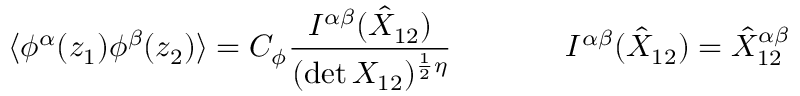
\begin{array} { c c } { { \displaystyle { \langle \phi ^ { \alpha } ( z _ { 1 } ) \phi ^ { \beta } ( z _ { 2 } ) \rangle = C _ { \phi } \frac { I ^ { \alpha \beta } ( \hat { { \cal X } } _ { 1 2 } ) } { ( \operatorname * { d e t } { \cal X } _ { 1 2 } ) ^ { \frac { 1 } { 2 } \eta } } } ~ ~ ~ ~ } } & { { ~ ~ ~ ~ I ^ { \alpha \beta } ( \hat { { \cal X } } _ { 1 2 } ) = \hat { { \cal X } } _ { 1 2 } ^ { \alpha \beta } } } \end{array}